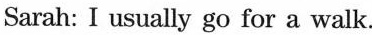
Sarah: I usually go for a walk.